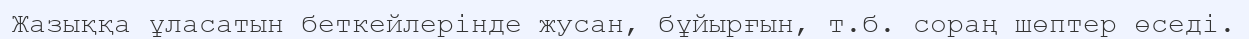
Жазыққа ұласатын беткейлерінде жусан, бұйырғын, т.б. сораң шөптер өседі.